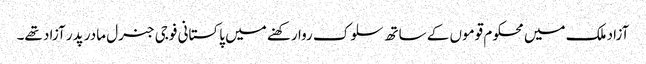
آزاد ملک میں محکوم قوموں کے ساتھ سلوک روا رکھنے میں پاکستانی فوجی جنرل مادر پدر آزاد تھے۔